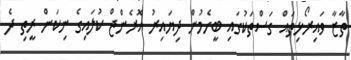
ތާޒާ ވައިރޯޅިތައް ގަސްތަކުގައި ބީހެމުން ދިޔައިރު އޮރެންޖް ކުލައިގެ ނިކަން ރީތި ދެ